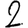
Digit: 2